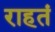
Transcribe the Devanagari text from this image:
राहतं